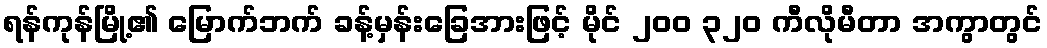
ရန်ကုန်မြို့၏ မြောက်ဘက် ခန့်မှန်းခြေအားဖြင့် မိုင် ၂၀၀ ၃၂၀ ကီလိုမီတာ အကွာတွင်